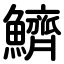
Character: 鱭